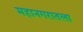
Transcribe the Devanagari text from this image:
महानगरातला